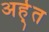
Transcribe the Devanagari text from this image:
अर्ह्त